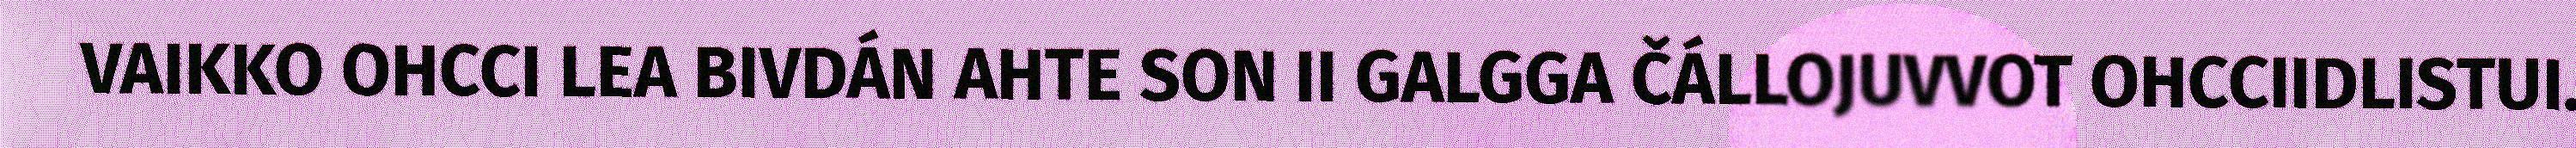
VAIKKO OHCCI LEA BIVDÁN AHTE SON II GALGGA ČÁLLOJUVVOT OHCCIIDLISTUI.